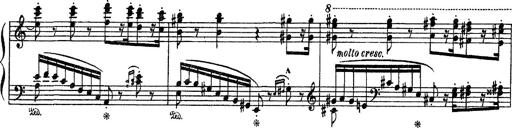
Title: Fantaisie sur des motifs favoris de l'opÃ©ra 'La sonnambula'
Composer: Franz Liszt